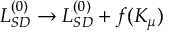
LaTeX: { \cal L } _ { S D } ^ { ( 0 ) } \to { \cal L } _ { S D } ^ { ( 0 ) } + f ( K _ { \mu } )